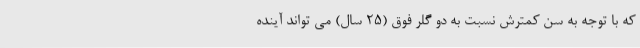
که با توجه به سن کمترش نسبت به دو گلر فوق (25 سال) می تواند آینده